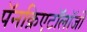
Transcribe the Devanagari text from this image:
पॅनक्रिएटॉलॉजी